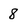
Character: 8